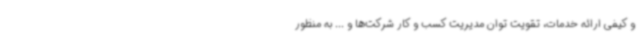
و کیفی ارائه خدمات، تقویت توان مدیریت کسب و کار شرکت‌ها و ... به منظور